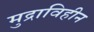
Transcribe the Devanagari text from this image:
मुद्राविहीन